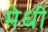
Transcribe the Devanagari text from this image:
मेधी